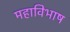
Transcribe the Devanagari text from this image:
महाविभाष